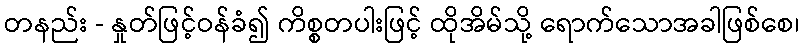
တနည်း - နှုတ်ဖြင့်ဝန်ခံ၍ ကိစ္စတပါးဖြင့် ထိုအိမ်သို့ ရောက်သောအခါဖြစ်စေ၊